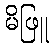
မိဖြူ